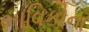
ભાવિકોના